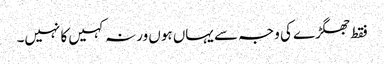
فقط جھگڑے کی وجہ سے یہاں ہوں ورنہ کہیں کا نہیں۔